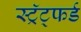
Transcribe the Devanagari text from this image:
स्ट्रॅट्फर्ड